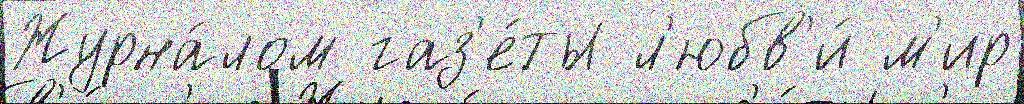
Журна́лом газ'е́ты л'юбв'и́ м'ир